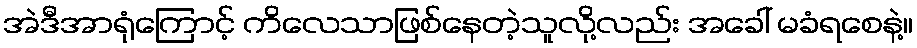
အဲဒီအာရုံကြောင့် ကိလေသာဖြစ်နေတဲ့သူလို့လည်း အခေါ် မခံရစေနဲ့။